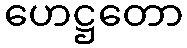
ဟေဋ္ဌတော